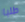
طلبا